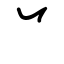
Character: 丷